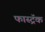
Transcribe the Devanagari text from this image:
फास्ट्रॅक